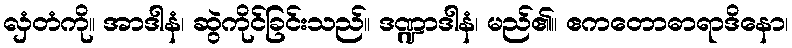
လှံတံကို။ အာဒါနံ၊ ဆွဲကိုင်ခြင်းသည်။ ဒဏ္ဍာဒါနံ၊ မည်၏။ ဧကတောဓာရာဒိနော၊